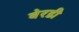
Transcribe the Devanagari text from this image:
बेरडी